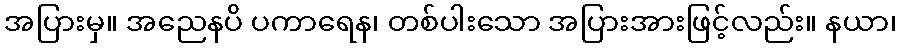
အပြားမှ။ အညေနပိ ပကာရေန၊ တစ်ပါးသော အပြားအားဖြင့်လည်း။ နယာ၊